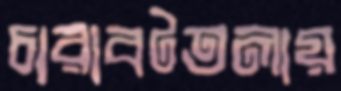
চারাবটতলায়